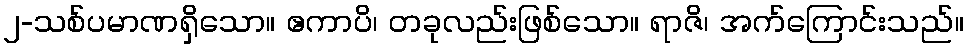
၂-သစ်ပမာဏရှိသော။ ဧကာပိ၊ တခုလည်းဖြစ်သော။ ရာဇိ၊ အက်ကြောင်းသည်။